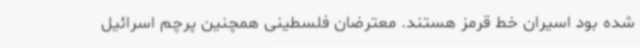
شده بود اسیران خط قرمز هستند. معترضان فلسطینی همچنین پرچم اسرائیل